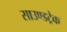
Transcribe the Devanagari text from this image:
साउण्डट्रेक